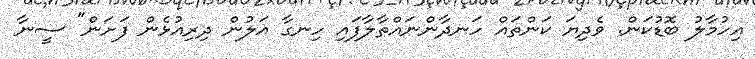
އިހުމާލު ބޮޑުކަން. ވެދިޔަ ކަންތައް ހަނދާންނައްތާލާފައި ހިނގާ އަލުން ދިރިއުޅެން ފަށަން" ސީނާ